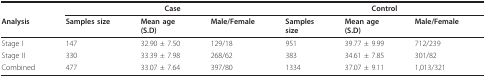
|  | <COLSPAN=3> Case | <COLSPAN=3> Control |
 | Analysis | Samples size | Mean age(S.D) | Male/Female | Samplessize | Mean age(S.D) | Male/Female |
 | --- | --- | --- | --- | --- | --- | --- |
 | Stage I | 147 | 32.90 ± 7.50 | 129/18 | 951 | 39.77 ± 9.99 | 712/239 |
 | Stage II | 330 | 33.39 ± 7.98 | 268/62 | 383 | 34.61 ± 7.85 | 301/82 |
 | Combined | 477 | 33.07 ± 7.64 | 397/80 | 1334 | 37.07 ± 9.11 | 1,013/321 |